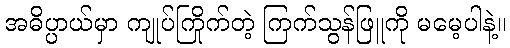
အဓိပ္ပာယ်မှာ ကျုပ်ကြိုက်တဲ့ ကြက်သွန်ဖြူကို မမေ့ပါနဲ့။